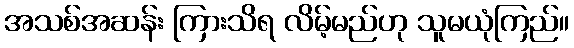
အသစ်အဆန်း ကြားသိရ လိမ့်မည်ဟု သူမယုံကြည်။